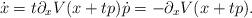
LaTeX: \begin{align*}\dot{x}=t\partial_{x}V(x+tp)\dot{p}=-\partial_{x}V(x+tp).\end{align*}